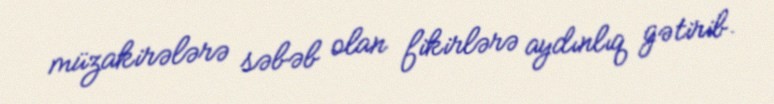
müzakirələrə səbəb olan fikirlərə aydınlıq gətirib.